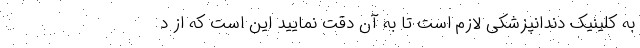
به کلینیک دندانپزشکی لازم است تا به آن دقت نمایید این است که از د